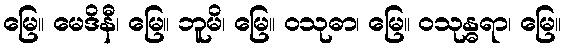
မြေ။ မေဒိနီ၊ မြေ။ ဘူမိ၊ မြေ။ ဝသုဓာ၊ မြေ။ ဝသုန္ဓရာ၊ မြေ။